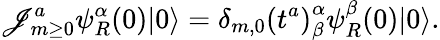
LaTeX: \mathscr{J}_{m\ge0}^{a}\psi_{R}^{\alpha}(0)|0\rangle=\delta_{m,0}\left(t^{a}\right)_{\beta}^{\alpha}\psi_{R}^{\beta}(0)|0\rangle.